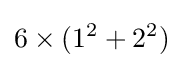
6\times (1^{2}+2^{2})